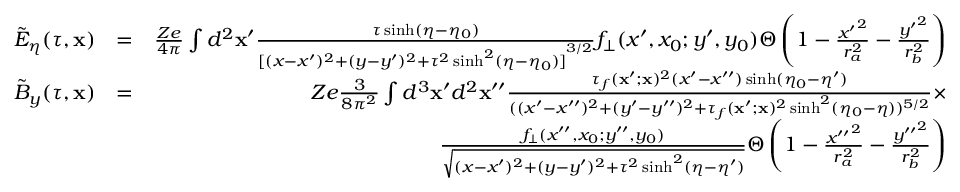
\begin{array} { r l r } { \tilde { E } _ { \eta } ( \tau , \mathbf { x } ) } & { = } & { \frac { Z e } { 4 \pi } \int d ^ { 2 } \mathbf { x } ^ { \prime } \frac { \tau \sinh ( \eta - \eta _ { 0 } ) } { { [ ( x - x ^ { \prime } ) ^ { 2 } + ( y - y ^ { \prime } ) ^ { 2 } + \tau ^ { 2 } \sinh ^ { 2 } ( \eta - \eta _ { 0 } ) ] } ^ { 3 / 2 } } f _ { \bot } ( x ^ { \prime } , x _ { 0 } ; y ^ { \prime } , y _ { 0 } ) \Theta \left( 1 - \frac { { x ^ { \prime } } ^ { 2 } } { r _ { a } ^ { 2 } } - \frac { { y ^ { \prime } } ^ { 2 } } { r _ { b } ^ { 2 } } \right) } \\ { \tilde { B } _ { y } ( \tau , \mathbf { x } ) } & { = } & { Z e \frac { 3 } { 8 \pi ^ { 2 } } \int d ^ { 3 } \mathbf { x } ^ { \prime } d ^ { 2 } \mathbf { x } ^ { \prime \prime } \frac { \tau _ { f } ( \mathbf { x } ^ { \prime } ; \mathbf { x } ) ^ { 2 } ( x ^ { \prime } - x ^ { \prime \prime } ) \sinh ( \eta _ { 0 } - \eta ^ { \prime } ) } { ( ( x ^ { \prime } - x ^ { \prime \prime } ) ^ { 2 } + ( y ^ { \prime } - y ^ { \prime \prime } ) ^ { 2 } + \tau _ { f } ( \mathbf { x } ^ { \prime } ; \mathbf { x } ) ^ { 2 } \sinh ^ { 2 } ( \eta _ { 0 } - \eta ) ) ^ { 5 / 2 } } \times } \\ & { } & { \frac { f _ { \bot } ( x ^ { \prime \prime } , x _ { 0 } ; y ^ { \prime \prime } , y _ { 0 } ) } { \sqrt { ( x - x ^ { \prime } ) ^ { 2 } + ( y - y ^ { \prime } ) ^ { 2 } + \tau ^ { 2 } \sinh ^ { 2 } ( \eta - \eta ^ { \prime } ) } } \Theta \left( 1 - \frac { { x ^ { \prime \prime } } ^ { 2 } } { r _ { a } ^ { 2 } } - \frac { { y ^ { \prime \prime } } ^ { 2 } } { r _ { b } ^ { 2 } } \right) } \end{array}